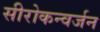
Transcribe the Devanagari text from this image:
सीरोकन्वर्जन